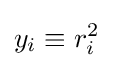
y_{i}\equiv r_{i}^{2}